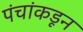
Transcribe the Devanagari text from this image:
पंचांकडून